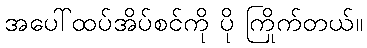
အပေါ်ထပ်အိပ်စင်ကို ပို ကြိုက်တယ်။